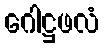
ဂေါဋ္ဌဖလံ